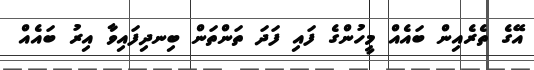
އޭގެ ތެރެއިން ބައެއް މީހުންގެ ފައި ފަދަ ތަންތަން ބިނދިފައިވާ އިރު ބައެއް